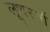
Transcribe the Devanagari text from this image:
लूथरनों